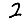
Digit: 2